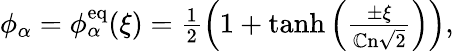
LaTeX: \begin{array}{r}{\phi_{\alpha}=\phi_{\alpha}^{\mathrm{eq}}(\xi)=\frac{1}{2}\left(1+\operatorname{tanh}\left(\frac{\pm\xi}{\mathbb{C}\mathrm{n}\sqrt{2}}\right)\right),}\end{array}